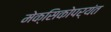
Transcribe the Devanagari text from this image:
मेक्सिकोपर्यंत